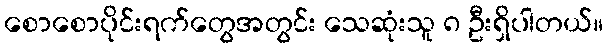
စောစောပိုင်းရက်တွေအတွင်း သေဆုံးသူ ၈ ဦးရှိပါတယ်။